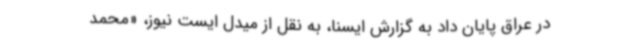
در عراق پایان داد به گزارش ایسنا، به نقل از میدل ایست نیوز، «محمد